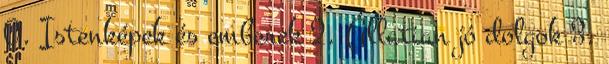
0. Istenképek és emberek 2. Állatian jó dolgok 3.